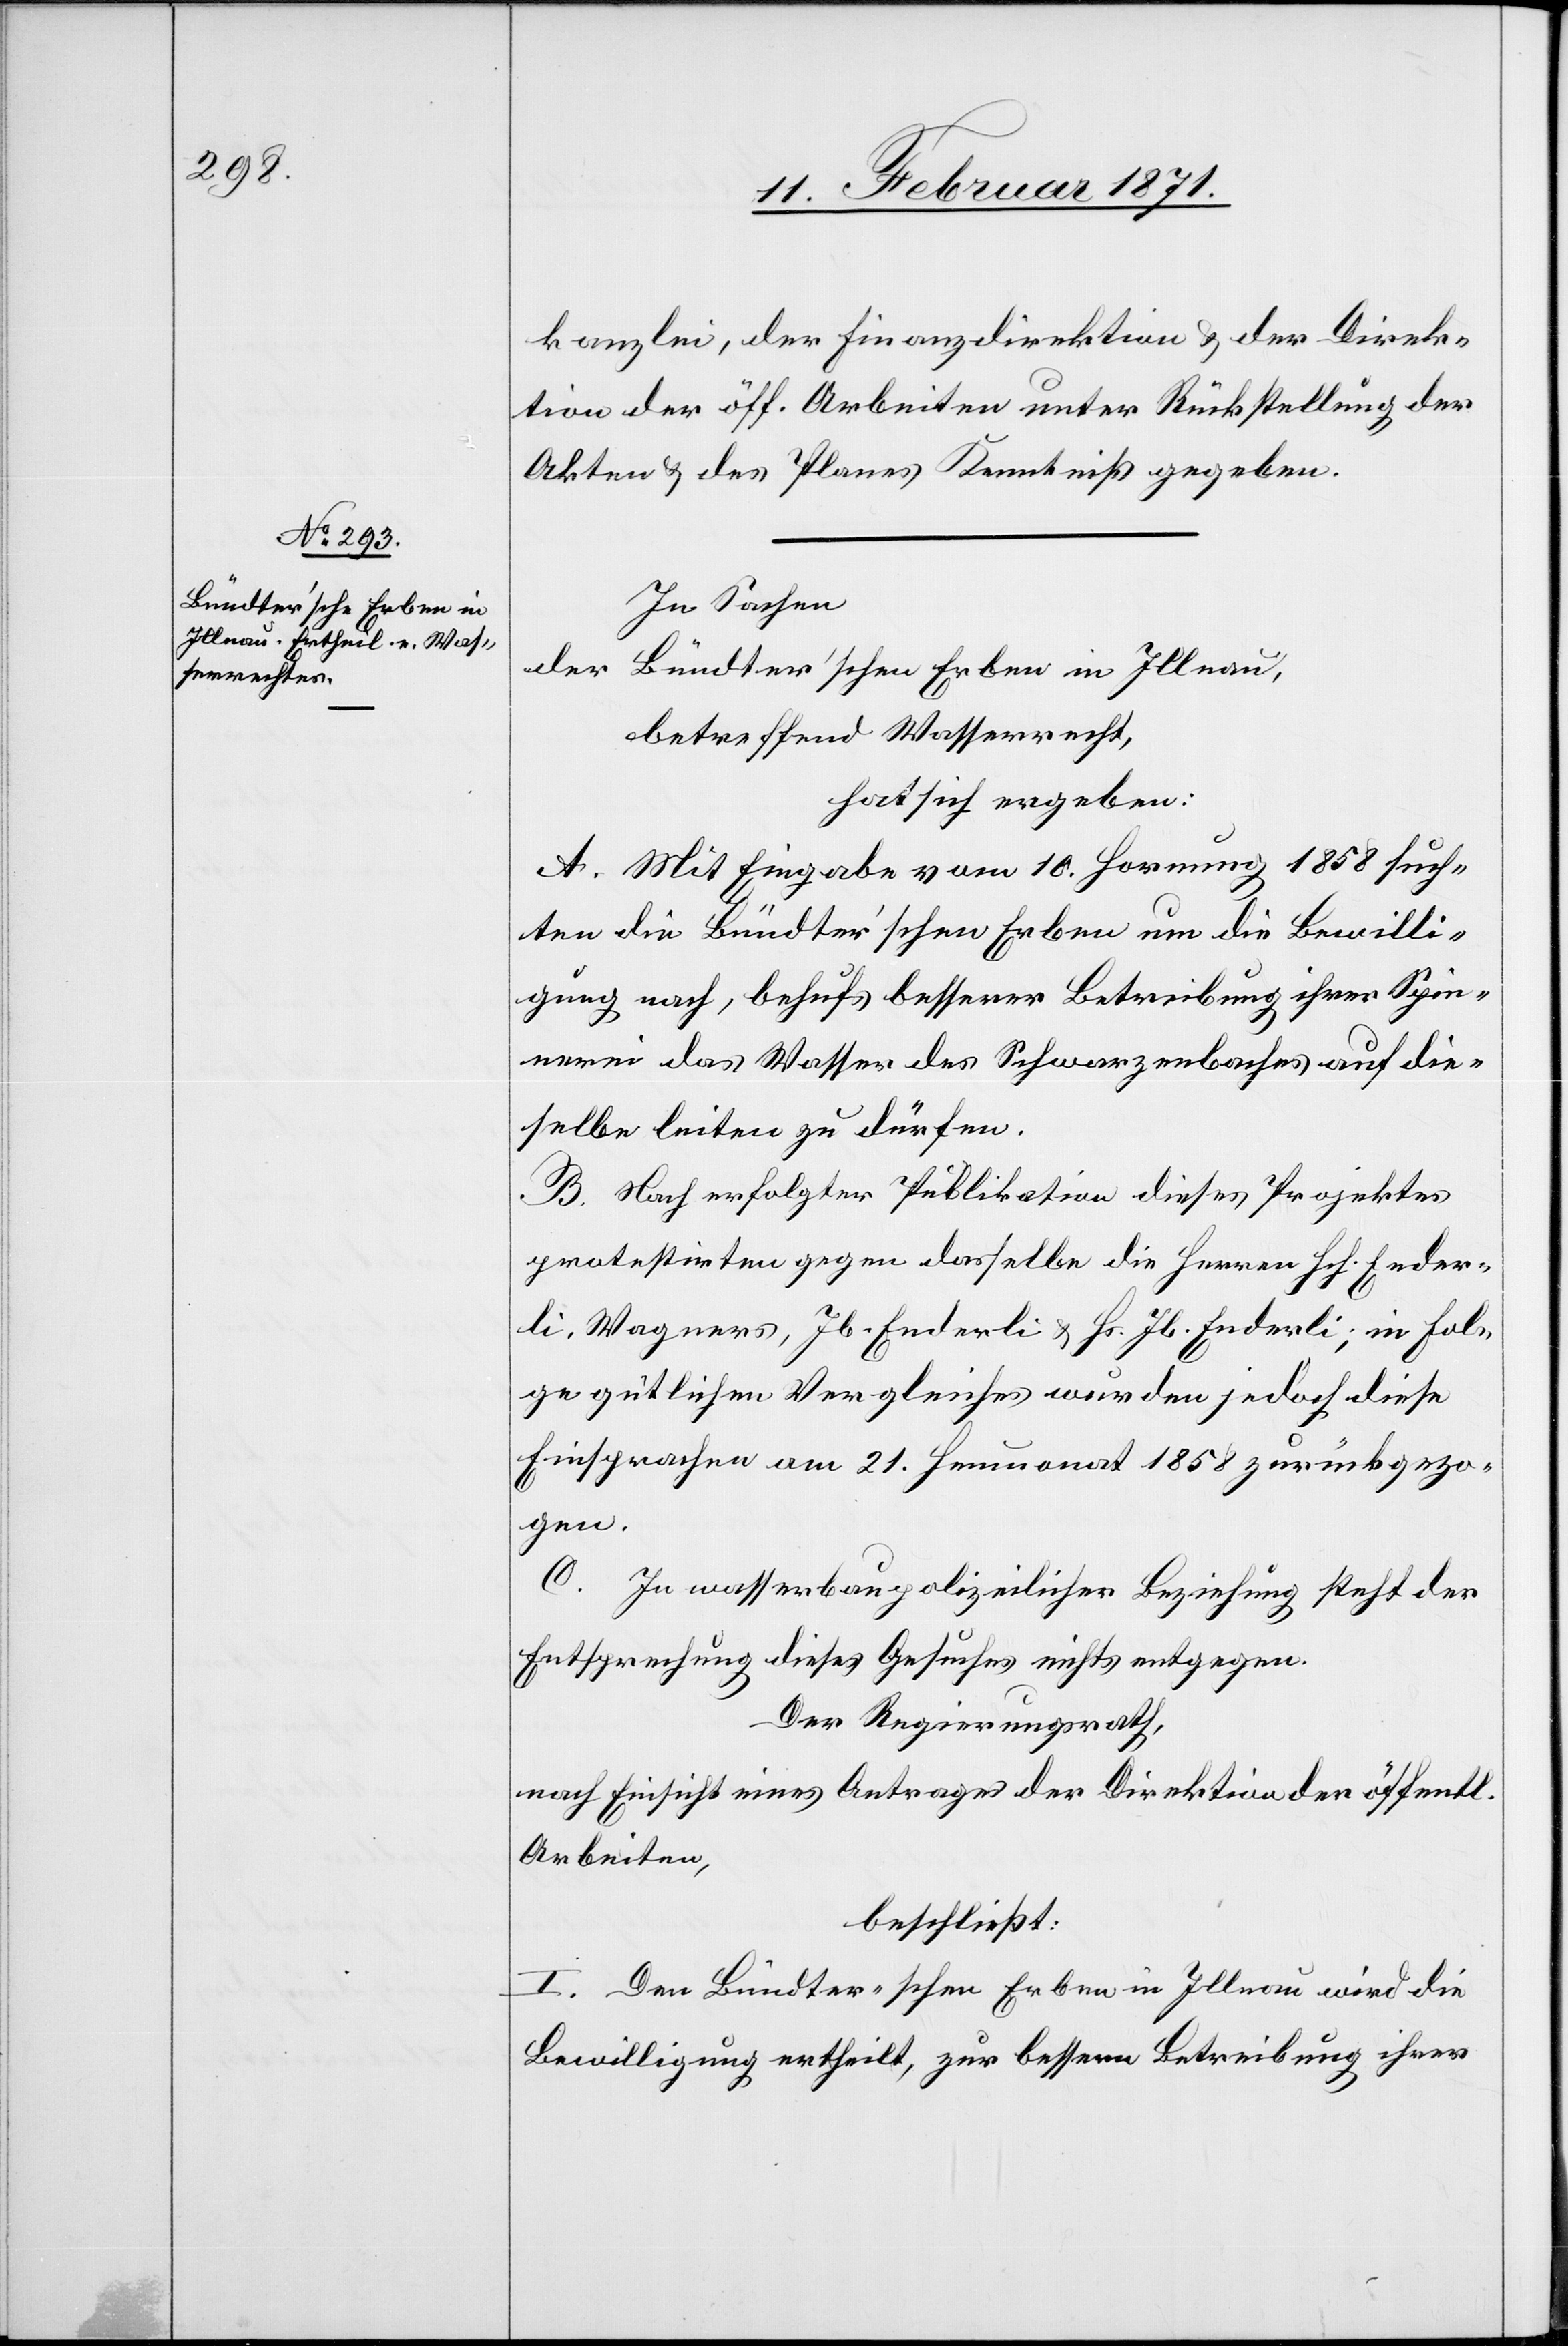
kanzlei, der Finanzdirektion u. der Direk¬
tion der öff. Arbeiten unter Rückstellung der
Akten u. des Planes Kenntniß gegeben.
In Sachen
der
Bündter’schen Erben in Illnau,
betreffend Wasserrecht,
hat sich ergeben:
A. Mit Eingabe vom 10. Hornung 1858 such¬
ten die Bündter’schen Erben um die Bewilli¬
gung nach, behufs besserer Betreibung ihrer Spin¬
nerei das Wasser des Schwarzenbaches auf die¬
selbe leiten zu dürfen.
B. Nach erfolgter Publikation dieses Projektes
protestirten gegen dasselbe die Herren Hch. Ender¬
li, Wagners, Jb. Enderli u. Hs. Jb. Enderli; in Fol¬
ge gütlichen Vergleiches wurden jedoch diese
Einsprachen am 21. Heumonat 1858 zurückgezo¬
gen.
C. In wasserbaupolizeilicher Beziehung steht der
Entsprechung dieses Gesuches nichts entgegen.
Der Regierungsrath,
nach Einsicht eines Antrages der Direktion der öff.
Arbeiten,
beschließt:
I. Den Bündter’schen Erben in Illnau wird die
Bewilligung ertheilt, zur bessern Betreibung ihrer